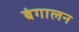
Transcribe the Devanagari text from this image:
बंगालन